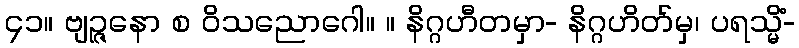
၄၁။ ဗျဉ္ဇနော စ ဝိသညောဂေါ။ ။ နိဂ္ဂဟီတမှာ- နိဂ္ဂဟိတ်မှ၊ ပရသ္မိံ-